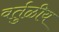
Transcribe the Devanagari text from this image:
वर्तुळीय